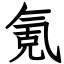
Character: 氪